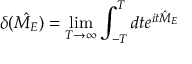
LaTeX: \delta ( { \hat { M _ { E } } } ) = \operatorname* { l i m } _ { T \to \infty } \int _ { - T } ^ { T } d t e ^ { i t { \hat { M } } _ { E } }